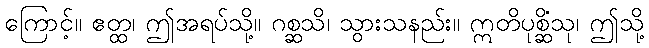
ကြောင့်။ ဧတ္ထ၊ ဤအရပ်သို့။ ဂစ္ဆသိ၊ သွားသနည်း။ ဣတိပုစ္ဆိံသု၊ ဤသို့